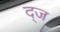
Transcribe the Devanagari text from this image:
द्ज